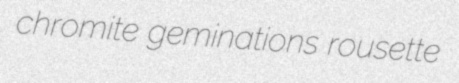
chromite geminations rousette